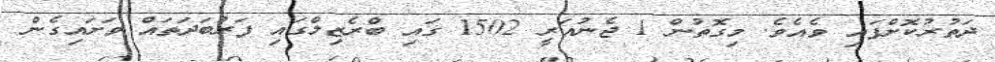
ދަތުރުކޮށްފައި ވެއެވެ. މިގޮތުން 1 ޖެނުއަރީ 1502 ގައި ބްރެޒިލްގައި ފަރުބަދަތައް ވަށައިގެން